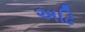
અઢિ